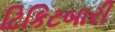
ટિકિટબારી